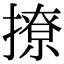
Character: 撩